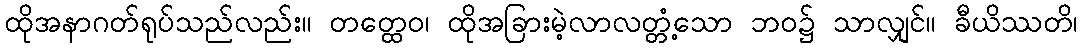
ထိုအနာဂတ်ရုပ်သည်လည်း။ တတ္ထေဝ၊ ထိုအခြားမဲ့လာလတ္တံ့သော ဘဝ၌ သာလျှင်။ ခီယိဿတိ၊